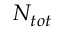
N _ { t o t }